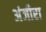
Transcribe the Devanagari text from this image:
अंजीरा